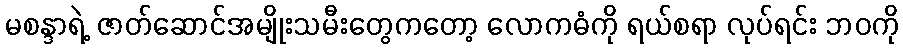
မစန္ဒာရဲ့ ဇာတ်ဆောင်အမျိုးသမီးတွေကတော့ လောကဓံကို ရယ်စရာ လုပ်ရင်း ဘဝကို